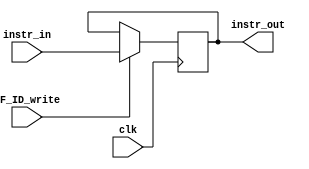
module IF_ID(
    //Output
    output [31:0]instr_out,
    //Inputs
    input [31:0]instr_in,
    input IF_ID_write,
    input clk
);

reg [31:0]instr_reg;


always @(negedge clk) begin
    if(IF_ID_write)begin
        instr_reg <= instr_in;
    end
end

assign instr_out = instr_reg;

endmodule